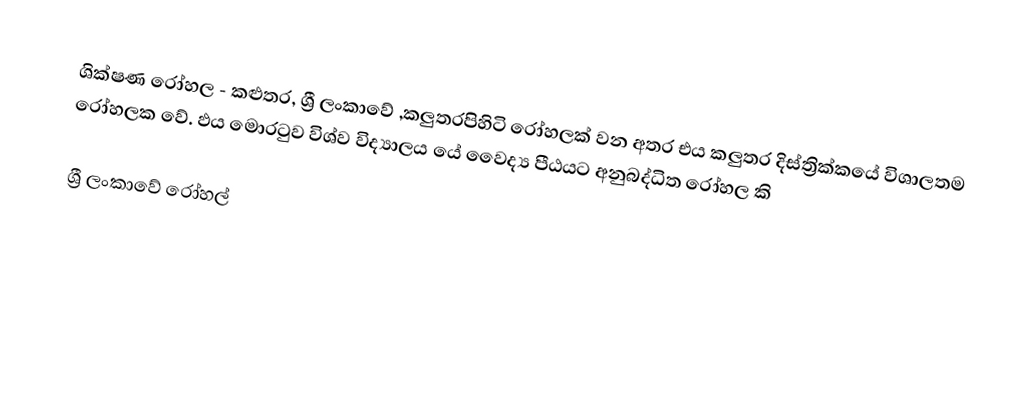
ශික්ෂණ රෝහල  - කළුතර, ශ්‍රී ලංකාවේ ,කලුතරපිහිටි රෝහලක් වන අතර එය කලුතර දිස්ත්‍රික්කයේ විශාලතම රෝහලක වේ. ඵය මොරටුව විශ්ව විද්‍යාලය යේ වෛද්‍ය පීඨයට අනුබද්ධිත රෝහල කි

ශ්‍රී ලංකාවේ රෝහල්